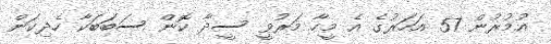
އުމުރުން 57 އަހަރުގެ އެ މީހާ މަރުވީ ސީދާ ކޮން ސަބަބަކާ ހެދިކަން